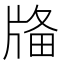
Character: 𤗌